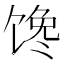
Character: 馋